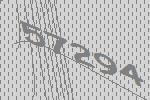
57294